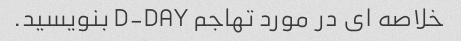
خلاصه ای در مورد تهاجم D-DAY بنویسید.